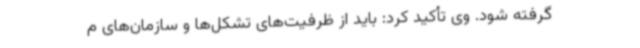
گرفته شود. وی تأکید کرد: باید از ظرفیت‌های تشکل‌ها و سازمان‌های م